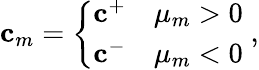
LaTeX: \mathbf{c}_{m}=\left\{ \begin{array}{ll}{\mathbf{c}^{+}}&{\mu_{m}>0}\\ {\mathbf{c}^{-}}&{\mu_{m}<0}\end{array}\right.\; ,